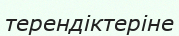
терендіктеріне